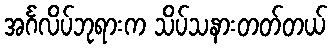
အင်္ဂလိပ်ဘုရားက သိပ်သနားတတ်တယ်